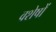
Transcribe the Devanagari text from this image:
वशेषों